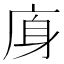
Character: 𢈯